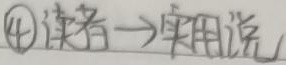
\textcircled{4}读者→实用说